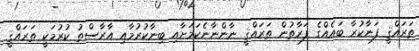
ތަރައްޤީ ފަނާކުރާ ބައެއްގެ ފަރާތުން ތަރައްޤީ ނާންނާނެކަމަށާއި ބިނާކުރުމާއި އާރާސްތު ކުރުމަކީ ތަރައްޤީ